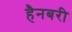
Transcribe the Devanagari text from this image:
हैनबरी